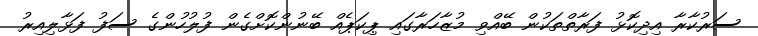
ސަރުކާރާ އިދިކޮޅު ފަރާތްތަކުން ބޭއްވި މުޒާހަރާގައި ޕިކަޕެއް ބޭނުންކޮށްގެން ފުލުހުންގެ ސަފު ފަޅާލިއިރު